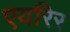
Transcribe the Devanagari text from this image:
एयरिर